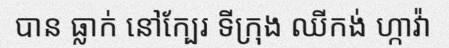
បាន ធ្លាក់ នៅក្បែរ ទីក្រុង ឈីកង់ ហ្កាវ៉ា